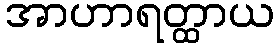
အာဟာရတ္ထာယ